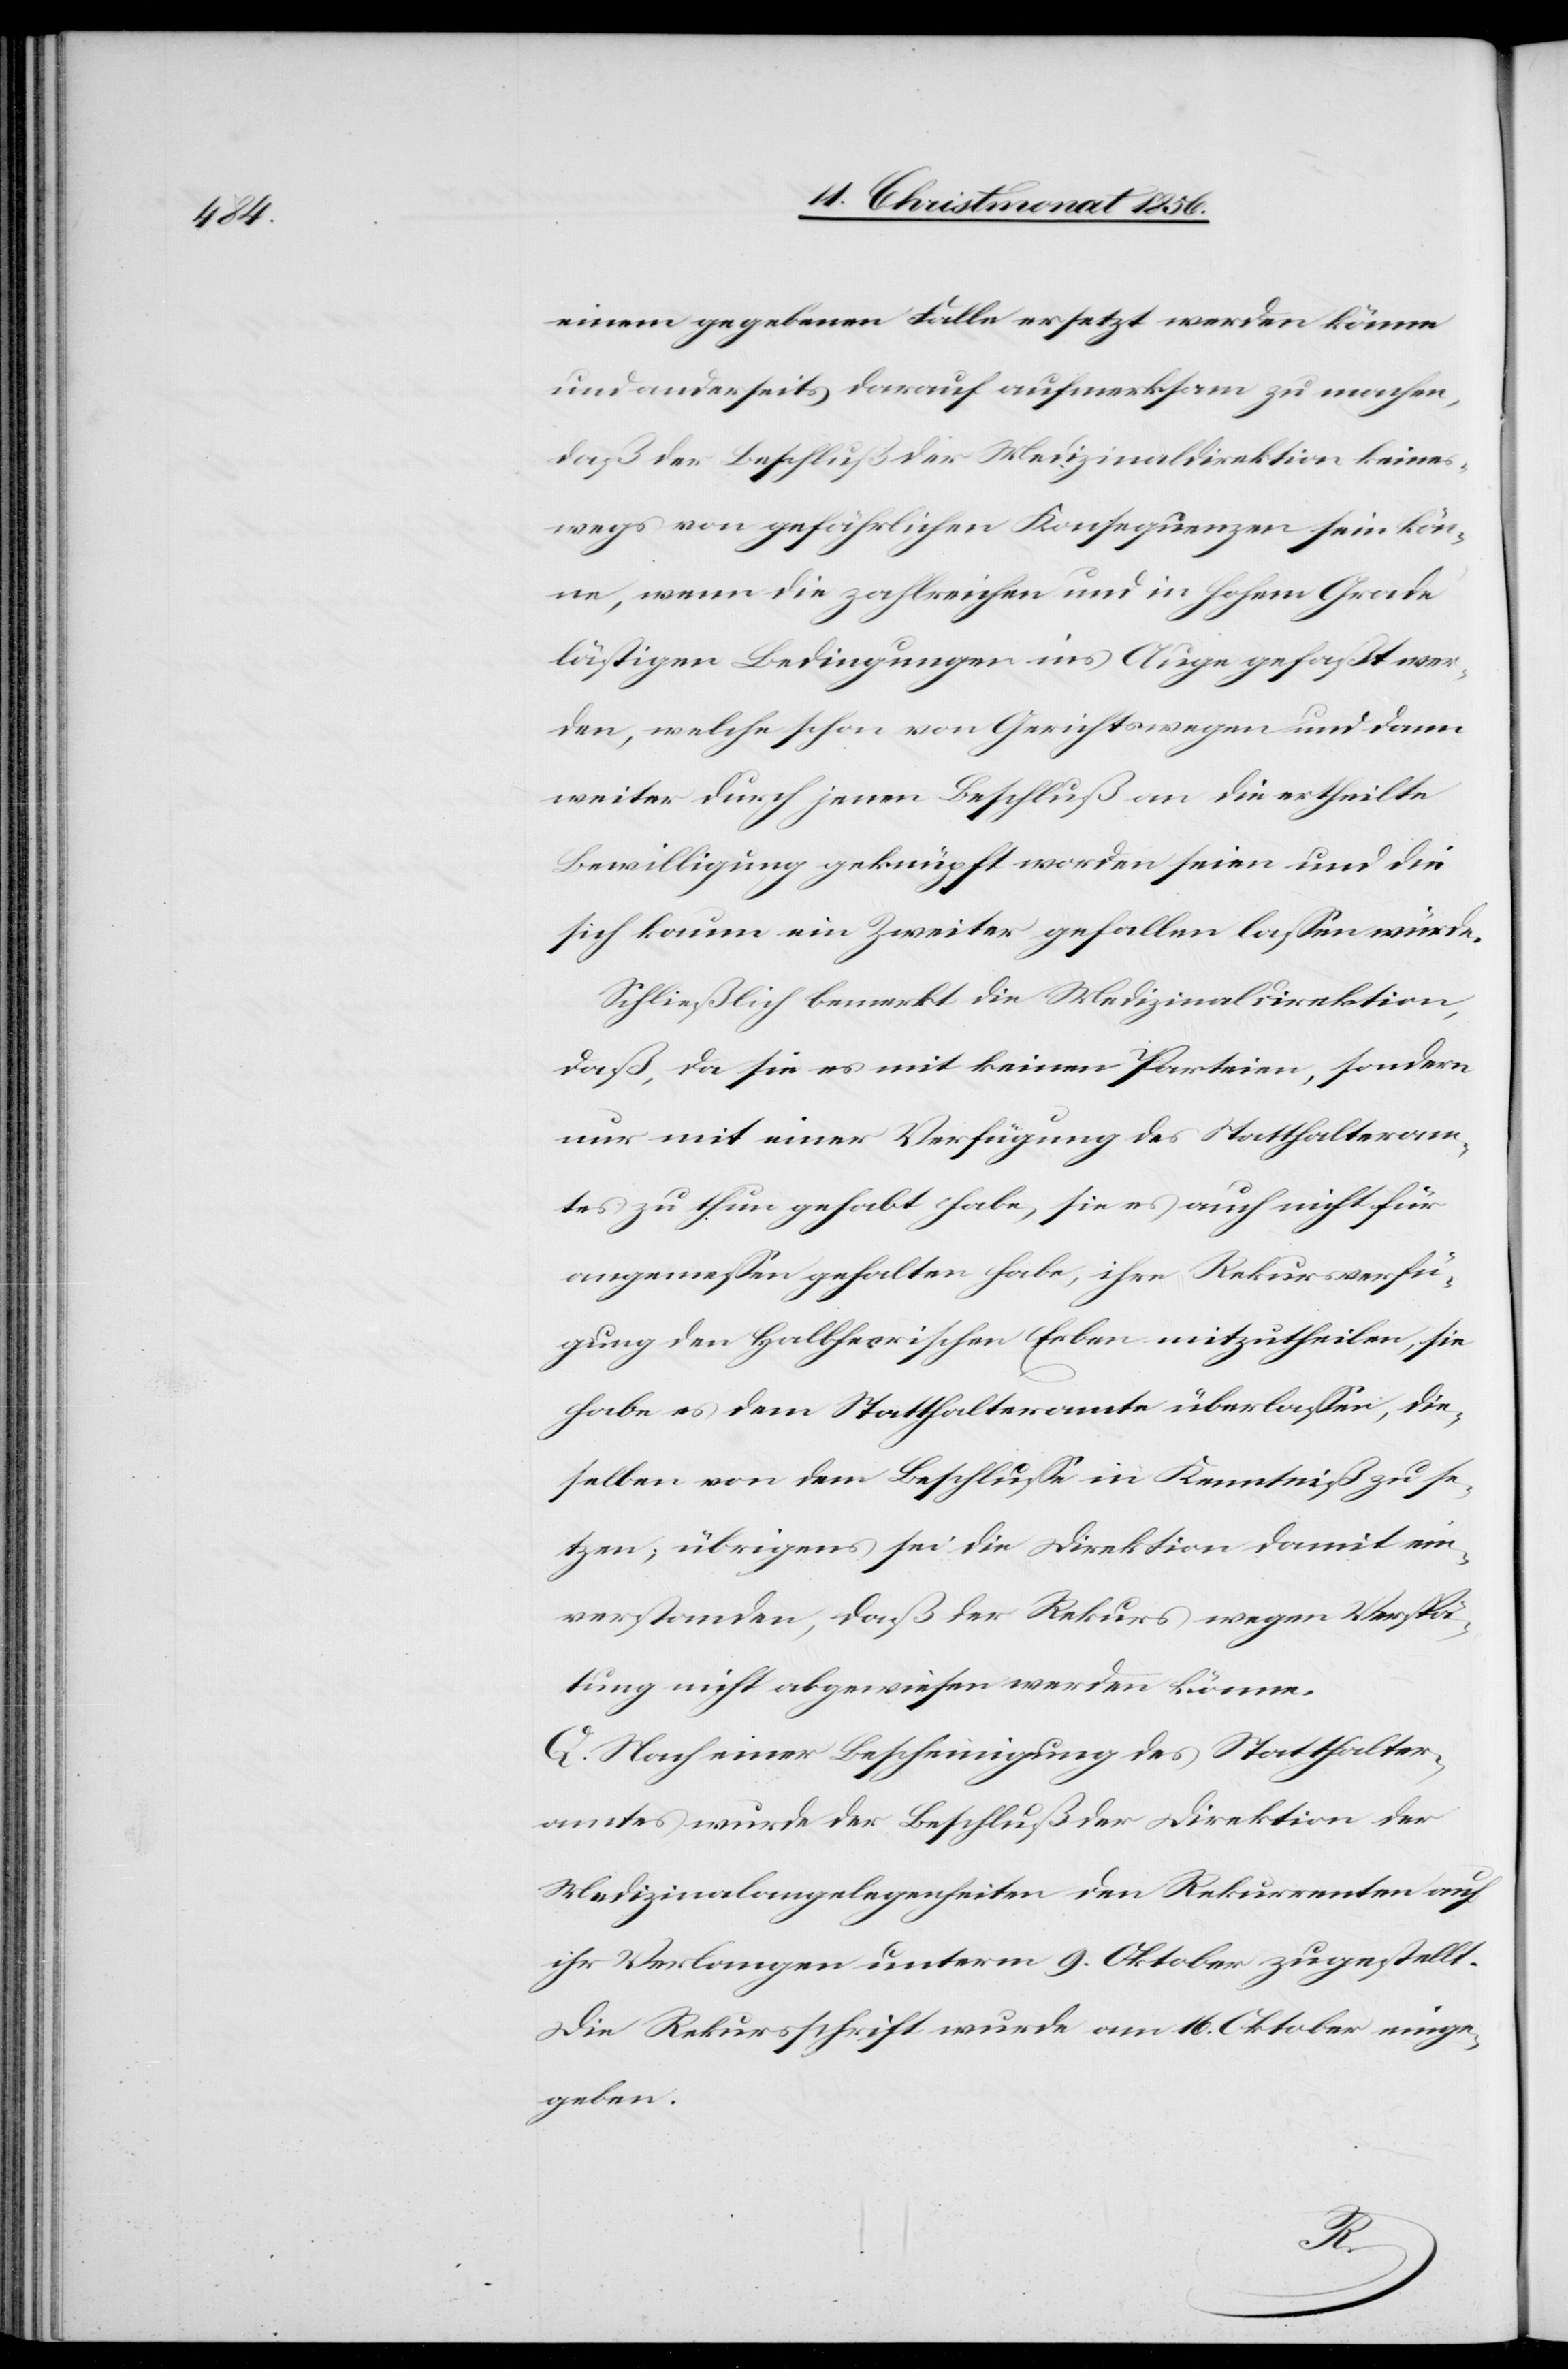
einem gegebenen Falle ersetzt werden könne
und anderseits darauf aufmerksam zu machen,
daß der Beschluß der Medizinaldirektion keines¬
wegs von gefährlichen Konsequenzen sein kön¬
ne, wenn die zahlreichen und in hohem Grade
lästigen Bedingungen ins Auge gefaßt wer¬
den, welche schon von Gerichtswegen und dann
weiter durch jenen Beschluß an die ertheilte
Bewilligung geknüpft worden seien und die
sich kaum ein Zweiter gefallen lassen würde.
Schließlich bemerkt die Medizinaldirektion,
daß, da sie es mit keinen Parteien, sondern
nur mit einer Verfügung des Statthalteram¬
tes zu thun gehabt habe, sie es auch nicht für
angemessen gehalten habe, ihre Rekursverfü¬
gung den Halbheerischen Erben mitzutheilen, sie
habe es dem Statthalteramte überlassen, die¬
selben von dem Beschlusse in Kenntniß zu se¬
tzen; übrigens sei die Direktion damit ein¬
verstanden, daß der Rekurs wegen Verspä¬
tung nicht abgewiesen werden könne.
Q. Nach einer Bescheinigung des Statthalter¬
amtes wurde der Beschluß der Direktion der
Medizinalangelegenheiten den Rekurrenten auf
ihr Verlangen unterm 9. Oktober zugestellt.
Die Rekursschrift wurde am 16. Oktober einge¬
geben.